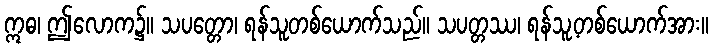
ဣဓ၊ ဤလောက၌။ သပတ္တော၊ ရန်သူတစ်ယောက်သည်။ သပတ္တဿ၊ ရန်သူ့တစ်ယောက်အား။